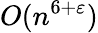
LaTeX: O(n^{6+\varepsilon})